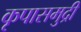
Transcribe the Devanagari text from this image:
कृपासमुद्री